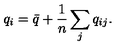
q _ { i } = { \bar { q } } + \frac { 1 } { n } \sum _ { j } q _ { i j } .